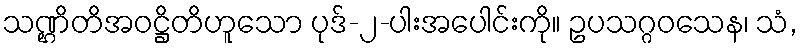
သဏ္ဌိတိအဝဋ္ဌိတိဟူသော ပုဒ်-၂-ပါးအပေါင်းကို။ ဥပသဂ္ဂဝသေန၊ သံ,